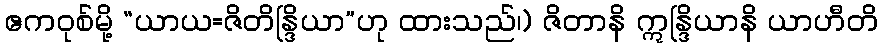
ဧကဝုစ်မို့ “ယာယ=ဇိတိန္ဒြိယာ”ဟု ထားသည်၊) ဇိတာနိ ဣန္ဒြိယာနိ ယာဟီတိ